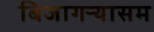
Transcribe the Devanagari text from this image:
बिजागऱ्यासम